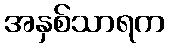
အနှစ်သာရက